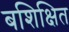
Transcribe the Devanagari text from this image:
बशिक्षित